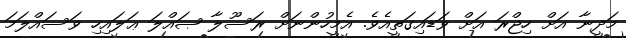
މަދީނާ އަށް ހިޖްރަ އަށް ވަޑައިގަތީއެވެ. އެމީހުންނަށް ރަސޫލާ ޞައްލަ ޢަލައިހި ވަސައްލަމަ